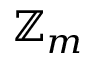
\mathbb { Z } _ { m }